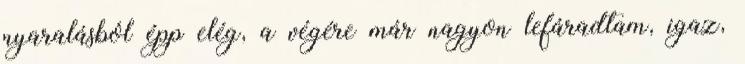
nyaralásból épp elég, a végére már nagyon lefáradtam, igaz,